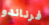
فرناندو